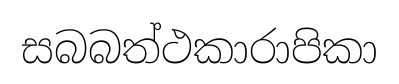
සබබත්ථකාරාපිකා